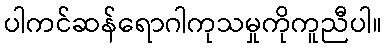
ပါကင်ဆန်ရောဂါကုသမှုကိုကူညီပါ။